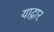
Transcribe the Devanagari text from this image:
याद्गार